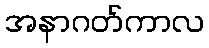
အနာဂတ်ကာလ